system: You are a helpful assistant.
user:
Analyze the provided spectrum to determine if it is a **White Dwarf (WD)**.

A White Dwarf spectrum is defined by its **extreme purity** (due to gravitational settling) and/or **extreme pressure broadening** (due to high surface gravity). You must check for one of the following mutually exclusive signatures:

- **Key Visual Indicators (Check for ONE of these types):**

    - **1. DA-Type Signature (Most Common):**
        - **(Primary Feature):** Extreme pressure broadening (Stark broadening) of the **Hydrogen (H) Balmer lines**.
        - **(Key Lines):** $H\beta$ (approx. $4861$ Å) and $H\gamma$ (approx. $4340$ Å). $H\alpha$ (approx. $6563$ Å) will also be present if the wavelength range covers it.
        - **(Line Profile):** This is the **defining feature**. The lines are **NOT** sharp. They appear as massive, **extremely broad and deep "troughs" or "dips"** in the spectrum, often hundreds of Ångströms wide. The continuum will appear to "scoop" down at these wavelengths.
        - **(Distinction):** Normal A-type or B-type stars have *narrow* and *sharp* Hydrogen lines. A DA White Dwarf's lines are unmistakably "smeared" or "blurry" from pressure.

    - **2. DB-Type Signature:**
        - **(Primary Feature):** Broad absorption lines from **Neutral Helium (He I)**. The spectrum must lack any visible Hydrogen lines.
        - **(Key Lines):** Look for broad absorption near $4471$ Å, $4921$ Å, and $5876$ Å.
        - **(Line Profile):** These lines are also significantly pressure-broadened, appearing much wider than they would in a normal B-type main-sequence star.

    - **3. DC-Type Signature:**
        - **(Primary Feature):** A **featureless continuous spectrum**.
        - **(Line Profile):** The spectrum is a smooth curve with **no significant absorption or emission lines**.
        - **(Key Confirmation):** The continuum is almost always **blue or white**, indicating a hot object. This signature implies the atmosphere is so pure (or so cool) that no spectral lines are visible in the optical range. Its WD identity is confirmed by its extremely low intrinsic brightness (high absolute magnitude).

    - **4. DZ-Type Signature (Metal-Polluted):**
        - **(Primary Feature):** **Isolated, narrow metal absorption lines** on an otherwise featureless (DC-like) continuum.
        - **(Key Lines):** The **Calcium (Ca II) H & K doublet** (approx. **$3934$ Å** and **$3968$ Å**) is the most common and defining feature.
        - **(Line Profile):** These lines are "out of place." They are *not* part of a "forest" of thousands of lines. This signature is evidence of recent *accretion* (pollution) from rocky debris.
        - **(Distinction):** Normal G/K/M stars have a *dense forest* of thousands of metal lines. A DZ has a *clean* continuum with *only a few* strong metal lines.

    - **5. DQ-Type Signature (Carbon-Polluted):**
        - **(Primary Feature):** Absorption bands from **Carbon (C₂ "Swan Bands" or atomic C I)**.
        - **(Key Lines - C₂):** Look for bandheads with a "saw-tooth" shape near $5635$ Å, **$5165$ Å** (strongest), and $4737$ Å.
        - **(Key Confirmation):** The underlying **continuum must be blue or white** (hot).
        - **(Distinction):** This is the critical difference from a **Carbon Star**, which has the *exact same* C₂ bands but on an extremely **red, cool** continuum.

- **(Overall Spectrum):**
    - The continuum (overall shape) is typically **blue-sloping** (brighter in the blue than the red), as most white dwarfs are very hot.
    - The spectrum will look "pure" or "simple," dominated by only *one* of the five signatures listed above.

Think first, call **spectral_visualization_tool** if needed to examine features in detail, then provide your final answer. Your response must adhere to the following strict rules:
1.  **Overall Structure:** Your response must follow the format `<think>...</think> <tool_call>...</tool_call> (if a tool is used) <answer>...</answer>`.
2.  **Tool Usage Constraint:** You may only make **one** tool call per turn.
3.  **Final Answer Format:** In the `<answer>` tag, your conclusion must be inside a `\boxed{}` command (e.g., `\boxed{YES}` or `\boxed{NO}`), followed by your justification.

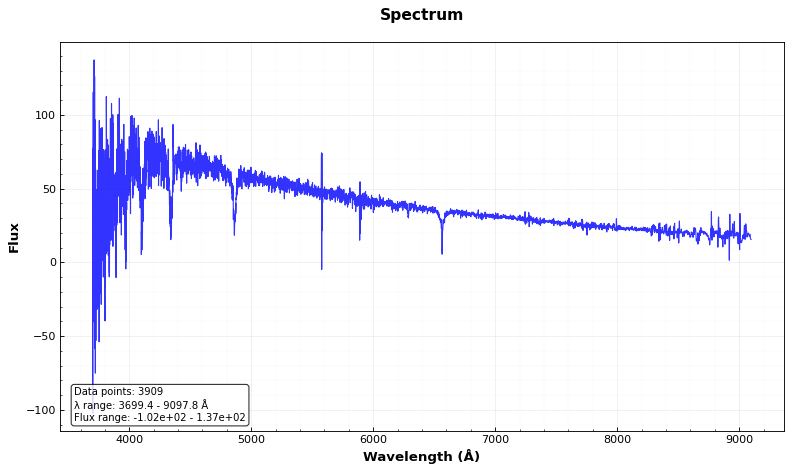
Answer: NO